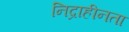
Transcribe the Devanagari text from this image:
निद्राहीनता